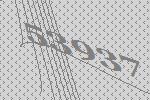
53937